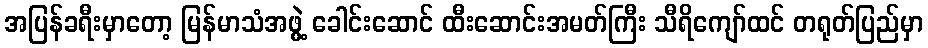
အပြန်ခရီးမှာတော့ မြန်မာသံအဖွဲ့ ခေါင်းဆောင် ထီးဆောင်းအမတ်ကြီး သီရိကျော်ထင် တရုတ်ပြည်မှာ